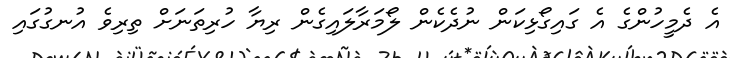
އެ ދެމީހުންގެ އެ ގައިގޯޅިކަން ނުދެކެން ލޯމަރާލައިގެން ރިޔާ ހުރިތަނަށް ތިރިވެ އުނގުގައި